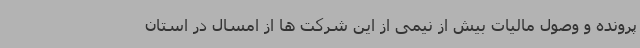
پرونده و وصول مالیات بیش از نیمی از این شرکت ها از امسال در استان